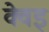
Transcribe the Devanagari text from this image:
क्वेइ